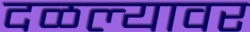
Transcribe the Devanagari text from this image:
दळल्यावर